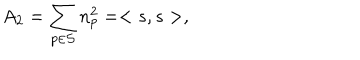
A _ { 2 } = \sum _ { p \in { \cal S } } n _ { p } ^ { 2 } = < s , s > ,